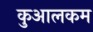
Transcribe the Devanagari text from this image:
कुआलकम